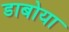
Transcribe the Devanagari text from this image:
डाबोया